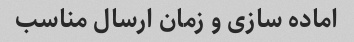
اماده سازی و زمان ارسال مناسب